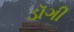
ડૉગી